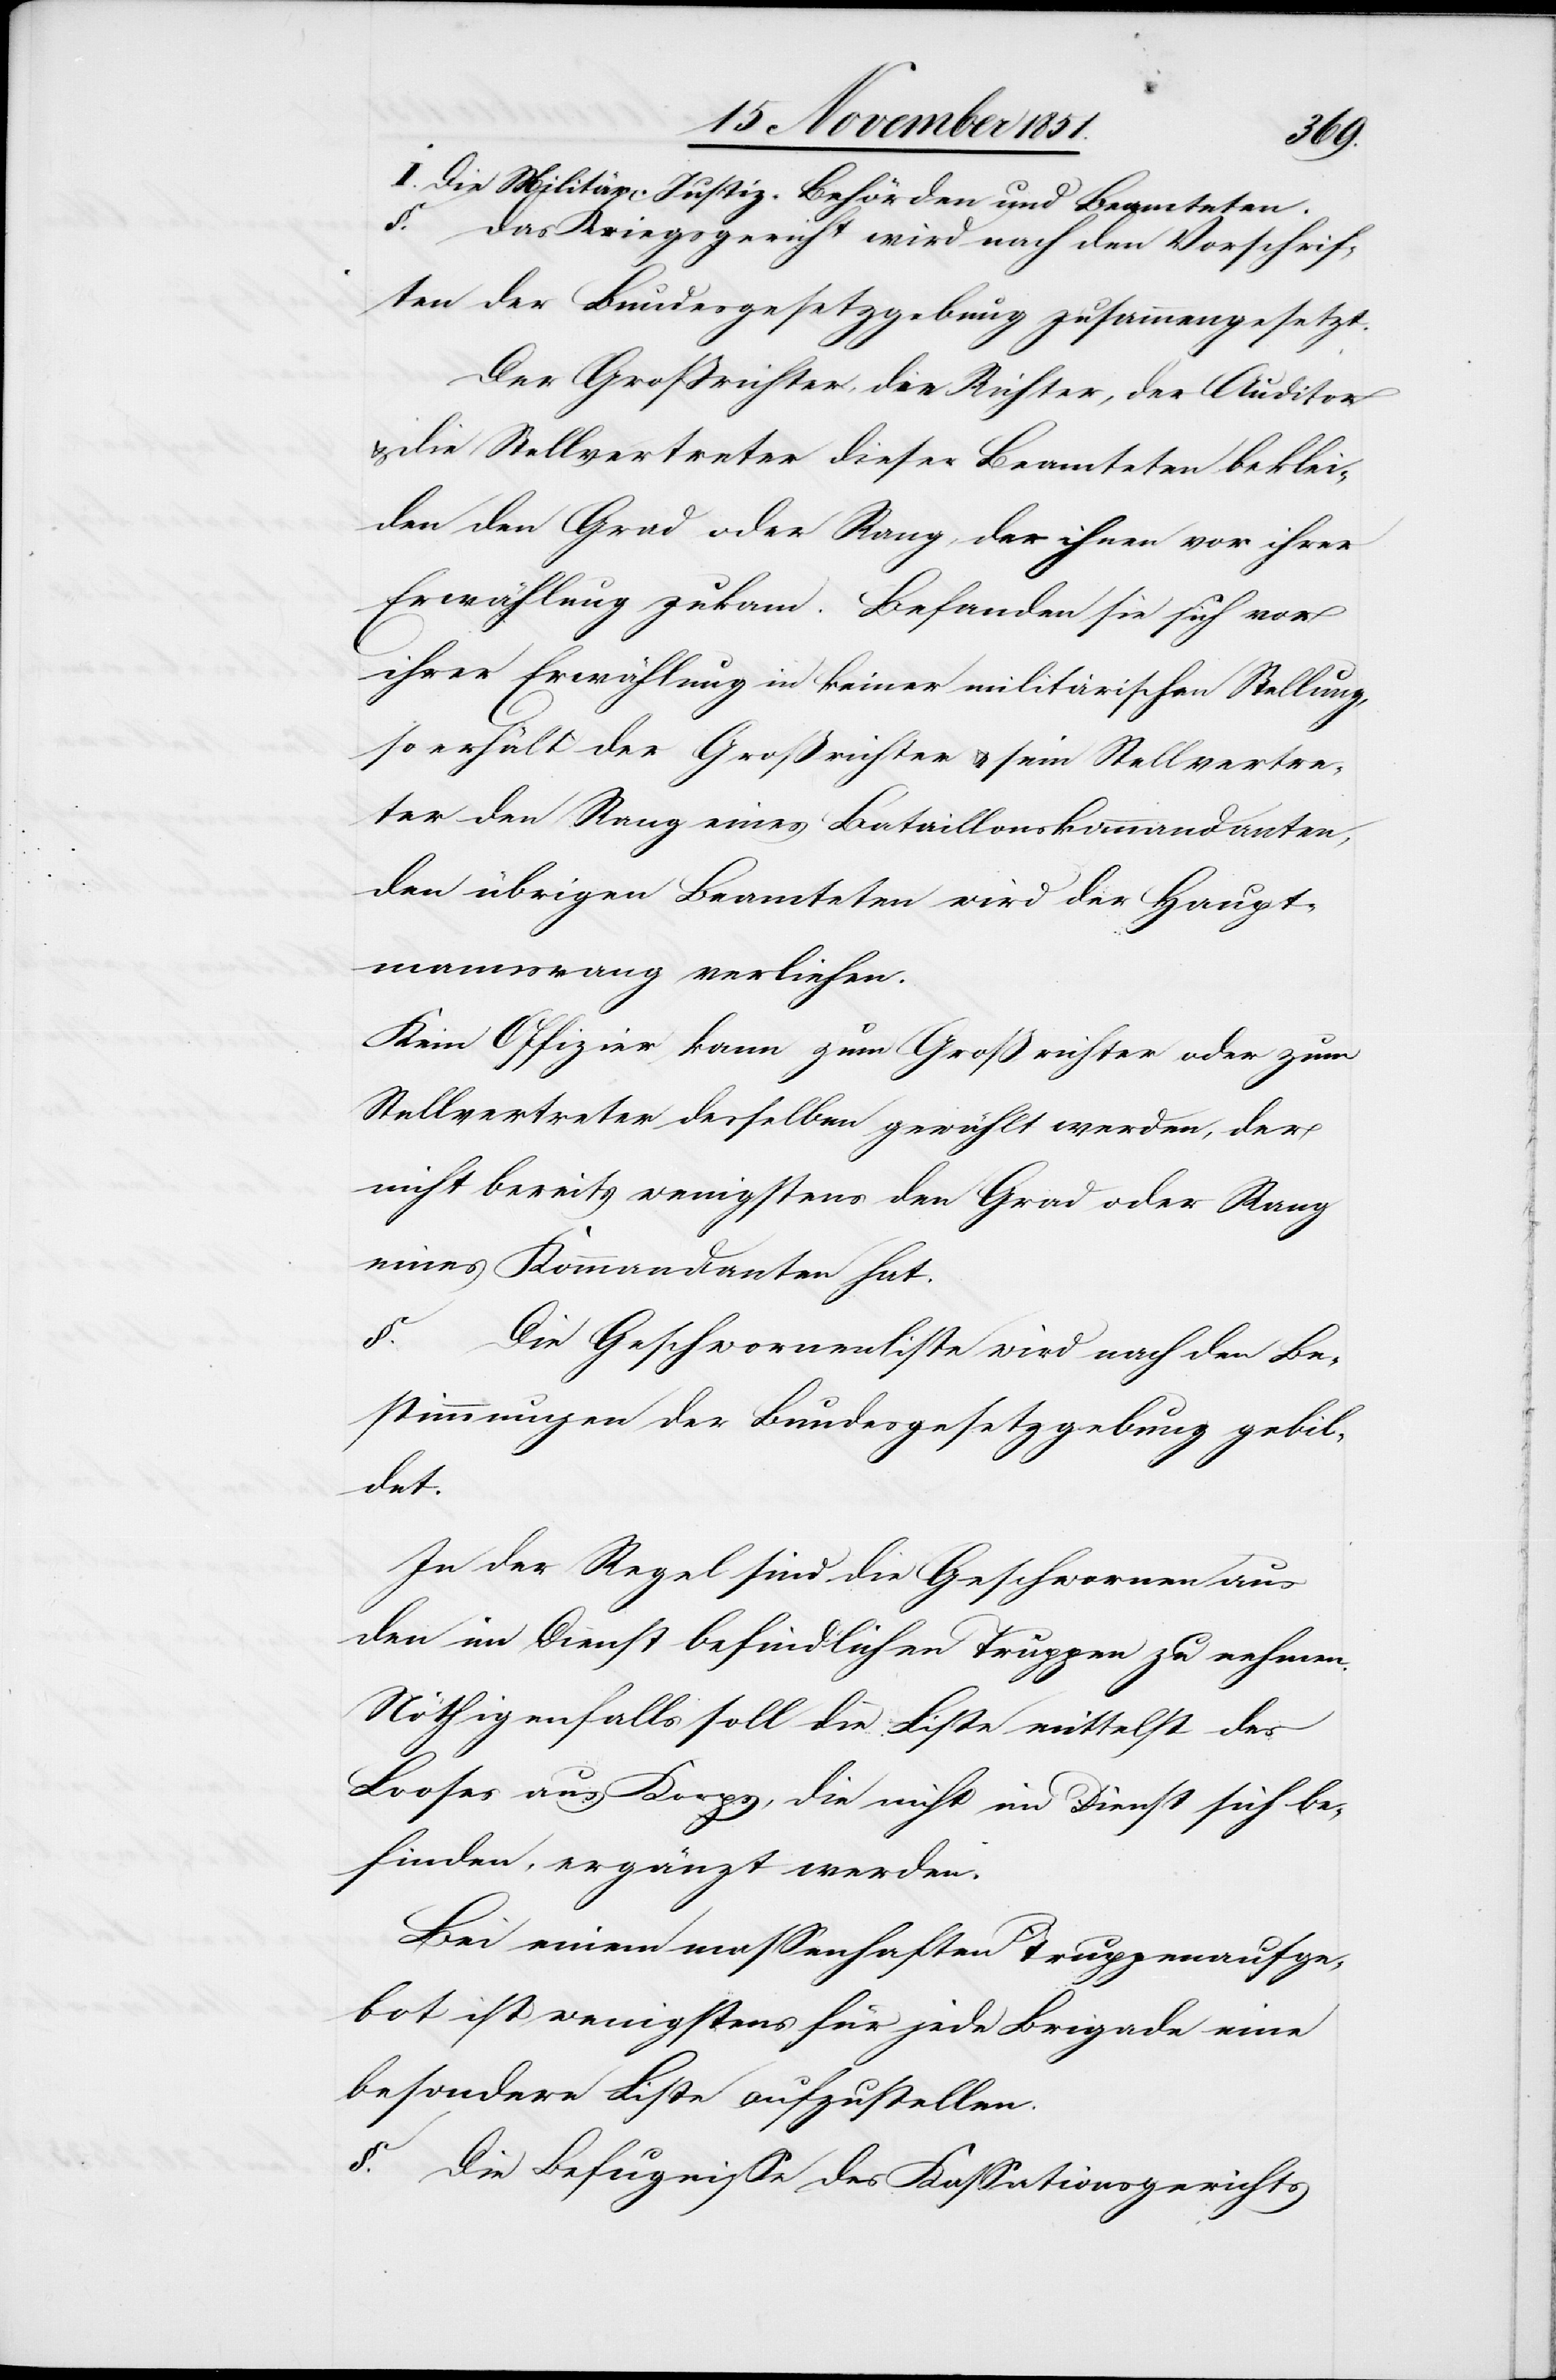
I. Die Militär-Justiz-Behörden und Beamteten.
§. … Das Kriegsgericht wird nach den Vorschrif¬
ten der Bundesgesetzgebung zusammengesetzt.
Der Großrichter, die Richter, der Auditor
die Stellvertreter dieser Beamteten beklei¬
den den Grad oder Rang, der ihnen vor ihrer
Erwählung zukam. Befanden sie sich vor
ihrer Erwählung in keiner militärischen Stellung,
so erhält der Großrichter & sein Stellvertre¬
ter den Rang eines Bataillonskommandanten,
den übrigen Beamteten wird der Haupt¬
mannsrang verliehen.
Kein Offizier kann zum Großrichter oder zum
Stellvertreter desselben gewählt werden, der
nicht bereits wenigstens den Grad oder Rang
eines Kommandanten hat.
§. … Die Geschwornenliste wird nach den Be¬
stimmungen der Bundesgesetzgebung gebil¬
det.
In der Regel sind die Geschwornen aus
den im Dienst befindlichen Truppen zu nehmen.
Nöthigenfalls soll die Liste mittelst des
Looses aus Korps, die nicht im Dienst sich be¬
finden, ergänzt werden.
Bei einem massenhaften Truppenaufge¬
bot ist wenigstens für jede Brigade eine
besondere Liste aufzustellen.
§. … Die Befugnisse des Kassationsgerichts